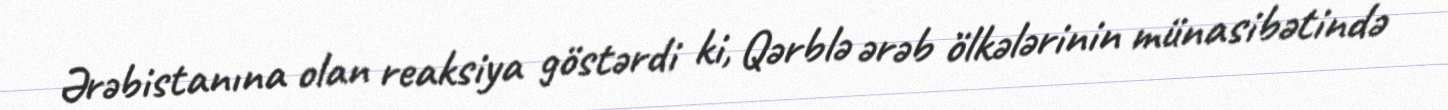
Ərəbistanına olan reaksiya göstərdi ki, Qərblə ərəb ölkələrinin münasibətində